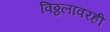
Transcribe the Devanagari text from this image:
विठ्ठलावरही